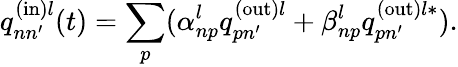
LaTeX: q_{nn^{\prime}}^{\mathrm{(in)}l}(t)=\sum_{p}(\alpha_{np}^{l}q_{pn^{\prime}}^{\mathrm{(out)}l}+\beta_{np}^{l}q_{pn^{\prime}}^{\mathrm{(out)}l\ast}).